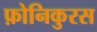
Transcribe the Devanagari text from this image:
फ़ोनिकुरस